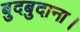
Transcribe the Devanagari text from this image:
बुदबुदाना।